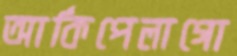
আর্কিপেলাগো